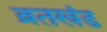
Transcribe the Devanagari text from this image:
ब्रतखंड